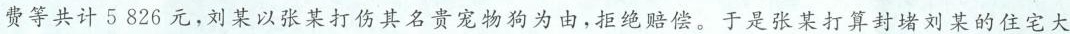
费等共计 5 826 元，刘某以张某打伤其名贵宠物狗为由，拒绝赔偿。于是张某打算封堵刘某的住宅大